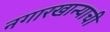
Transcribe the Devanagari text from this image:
नगारखान्याची